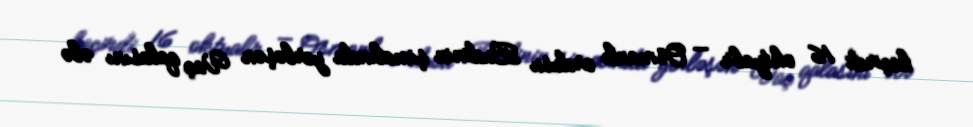
keçirdi 16 oktyabr — Osmanlı ordusu Budinin şimalında yerləşən Vaç qalasını ələ